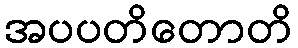
အပပတိတောတိ